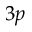
3 p